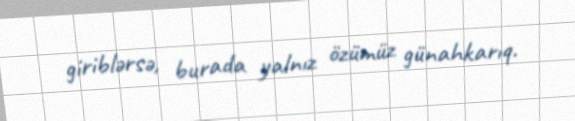
giriblərsə, burada yalnız özümüz günahkarıq.